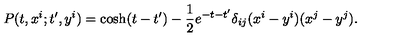
P ( t , x ^ { i } ; t ^ { \prime } , y ^ { i } ) = \cosh ( t - t ^ { \prime } ) - { \frac { 1 } { 2 } } e ^ { - t - t ^ { \prime } } \delta _ { i j } ( x ^ { i } - y ^ { i } ) ( x ^ { j } - y ^ { j } ) .